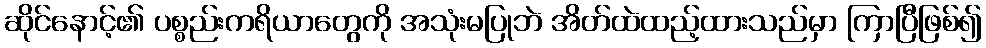
ဆိုင်နောင့်၏ ပစ္စည်းကရိယာတွေကို အသုံးမပြုဘဲ အိတ်ထဲထည့်ထားသည်မှာ ကြာပြီဖြစ်၍